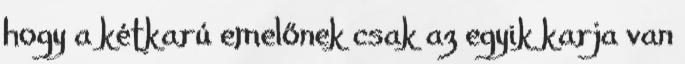
hogy a kétkarú emelőnek csak az egyik karja van